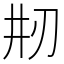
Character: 𠛝